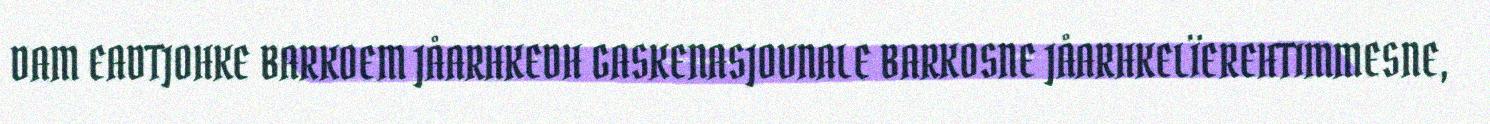
DAM EADTJOHKE BARKOEM JÅARHKEDH GASKENASJOVNALE BARKOSNE JÅARHKELÏEREHTIMMESNE,